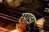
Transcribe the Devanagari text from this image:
स्पाडा